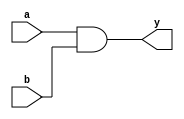
//simple example of AND gate
module and_gate(
    input a,
    input b, 
    output y
);

    assign y = a & b;
endmodule